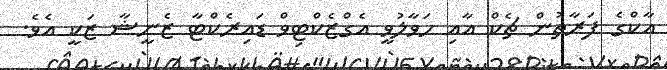
އާކްގެ ފަރާތުން ޗެކް އާއި ހަވާލުވީ އެގްޒެކްޓިވް ޑައިރެކްޓާ ޒެނީޝާ ޒަކީ އެވެ.